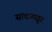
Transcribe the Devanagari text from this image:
सावळसूर